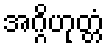
အဂ္ဂိဟုတ္တံ